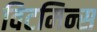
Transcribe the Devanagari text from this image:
विटमिन्स